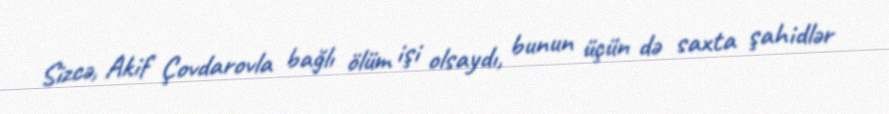
Sizcə, Akif Çovdarovla bağlı ölüm işi olsaydı, bunun üçün də saxta şahidlər